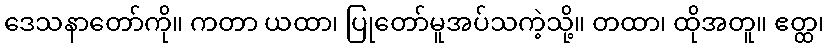
ဒေသနာတော်ကို။ ကတာ ယထာ၊ ပြုတော်မူအပ်သကဲ့သို့။ တထာ၊ ထိုအတူ။ ဧတ္ထ၊